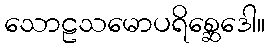
သောဠသမောပရိစ္ဆေဒေါ။